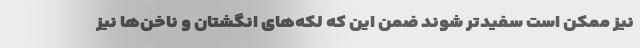
نیز ممکن است سفید‌تر شوند ضمن این که لکه‌های انگشتان و ناخن‌ها نیز